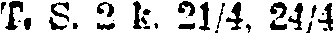
T. S. 2 k. 21/4, 24/4